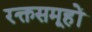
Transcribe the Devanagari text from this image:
रक्तसमूहों